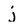
Character: j